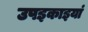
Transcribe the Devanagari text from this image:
उपइकाइयां